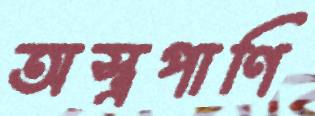
অস্ত্রপাণি